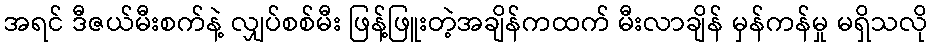
အရင် ဒီဇယ်မီးစက်နဲ့ လျှပ်စစ်မီး ဖြန့်ဖြူးတဲ့အချိန်ကထက် မီးလာချိန် မှန်ကန်မှု မရှိသလို